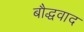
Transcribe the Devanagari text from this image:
बौद्धवाद